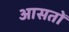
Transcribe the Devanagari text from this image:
आसतों